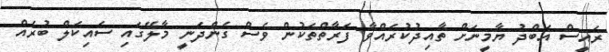
ރައީސް އަބްދު ޔާމީނަށް ތާއިދުކުރައްވާ ފަރާތްތަކުން ވެސް ގެންދަނީ މާލޭގައި ސައިކަލް ބުރެއް